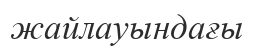
жайлауындағы